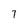
Character: 7